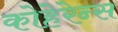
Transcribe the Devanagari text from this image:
कोहेरेन्स